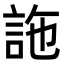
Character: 𧦧